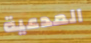
المدعية